Medical and sanitary report of the native army of Madras for the year
Year: 1875
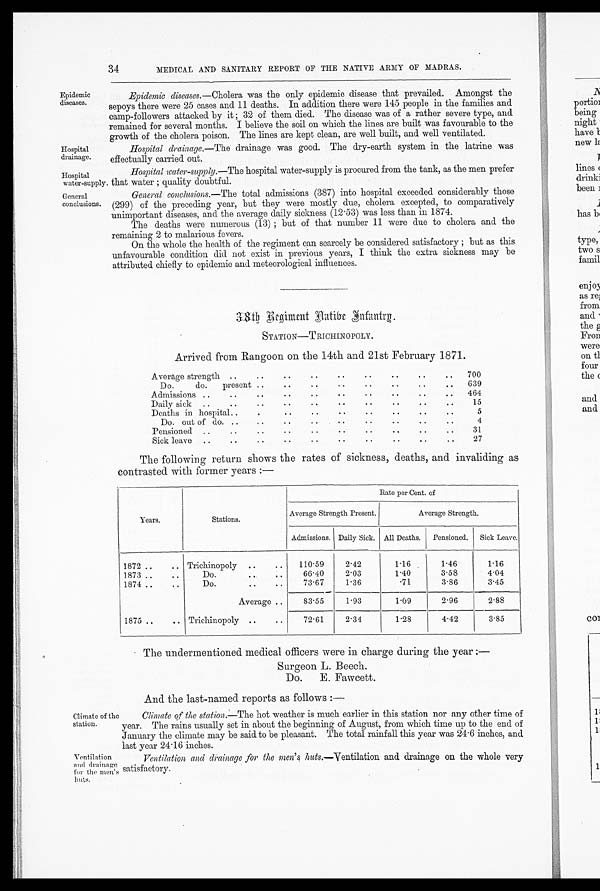
34
MEDICAL AND SANITARY REPORT OF THE NATIVE ARMY OF MADRAS.
Epidemic
diseases.
Hospital
drainage.
Hospital
water-supply.
General
conclusions.
Epidemic diseases.— Cholera was the only epidemic disease that prevailed. Amongst the
sepoys there were 25 cases and 11 deaths. In addition there were 145 people in the families and
camp-followers attacked by it ; 32 of them died. The disease was of a rather severe type, and.
remained for several months. I believe the soil on which the lines are built was favourable to the
growth of the cholera poison. The lines are kept clean, are well built, and well ventilated.
Hospital drainage.—The drainage was good. The dry-earth system in the latrine was
effectually carried out.
Hospital water-supply.— The hospital water-supply is procured from the tank, as the men prefer
that water ; quality doubtful.
General conclusions.— The total admissions (387) into hospital exceeded considerably those
(299) of the preceding year, but they were mostly due, cholera excepted, to comparatively
unimportant diseases, and the average daily sickness (12.53) was less than in 1874.
The deaths were numerous (13) ; but of that number 11 were due to cholera and the
remaining 2 to malarious fevers.
On the whole the health of the regiment can scarcely be considered satisfactory ; but as this
unfavourable condition did not exist in previous years, I think the extra sickness may be
attributed chiefly to epidemic and meteorological influences.
Climate of the
station.
Ventilation
and drainage
for the men'
s h u t s .
38th R egiment Native Infantry.
STATION—TRICHINOPOLY.
Arrived from Rangoon on the 14th and 21st February 1871.
Average strength ..
• .
• .
..
700
Do.
do.
present ..
..
..
..
639
Admissions ..
• •
• •
..
464
Daily sick
..
..
..
..
15
Deaths in hospital..
• .
..
...
5
Do. out of do...
4
Pensioned..
.
..
..
31
Sick leave
....
..
..
27
The following return shows the rates of sickness, deaths, and invaliding as
contrasted with former years :—
Years.
Stations.
Rate per Cent. of
Average Strength Present.
Average Strength.
Admissions. Daily Sick. All Deaths. Pensioned. Sick Leave.
1872 ..
.. Trichinopoly
..
• .
110.59
2.42
1.16
1.46
1.16
1873 ..
..
Do.
• .
• .
66.40
2.03
1.40
3.58
4.04
1874 ..
..
Do.
..
..
73.67
1.36
. 7 1
3.86
3.45
Average •
83.55
1.93
1.09
2.96
2.88
1875 ..
.. Trichinopoly ..
..
72.61
2.34
1.28
4.42
3.85
The undermentioned medical officers were in charge during the year :—
Surgeon L. Beech.
Do. E. Fawcett.
And the last-named reports as follows :—
Climate of the station.— The hot weather is much earlier in this station nor any other time of
year. The rains usually set in about the beginning of August, from which time up to the end of
January the climate may be said to be pleasant. The total rainfall this year was 24.6 inches, and
Last year 24.16 inches.
Ventilation and drainage for the men's huts .—Ventilation and drainage on the whole very
satisfactory.